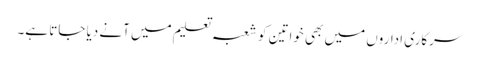
سرکاری اداروں میں بھی خواتین کو شعبہ تعلیم میں آنے دیا جاتا ہے۔